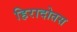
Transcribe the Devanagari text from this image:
हिरादोतस